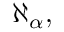
\aleph _ { \alpha } ,